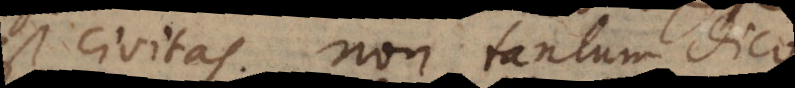
est civitas, non tantum dico